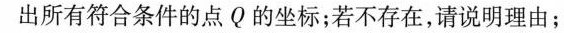
出所有符合条件的点Q的坐标；若不存在，请说明理由；